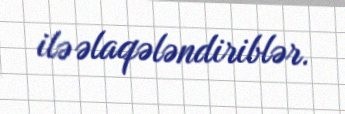
ilə əlaqələndiriblər.